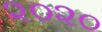
૨૦૨૦